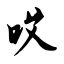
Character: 哎